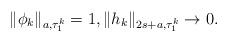
LaTeX: \begin{align*}\|\phi_k\|_{a,\tau_1^k}=1,\|h_k\|_{2s+a,\tau_1^k}\to 0.\end{align*}